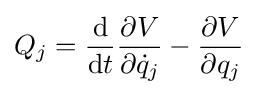
Q_{j}={\frac {\mathrm {d} }{\mathrm {d} t}}{\frac {\partial V}{\partial {\dot {q}}_{j}}}-{\frac {\partial V}{\partial q_{j}}}